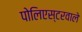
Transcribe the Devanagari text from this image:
पोलिएस्टरवाले